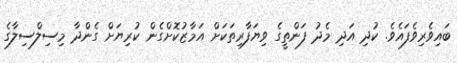
ބައިވެރިވެފައެވެ. ކުދި އަދި މެދު ފަންތީގެ ވިޔަފާރިތަކަށް އަމާޒުކޮށްގެން ކުރިޔަށް ގެންދާ މިސިލްސިލާގެ